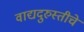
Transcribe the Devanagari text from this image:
वाद्यदुरुस्तीचे